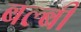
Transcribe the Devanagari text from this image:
बल्बी